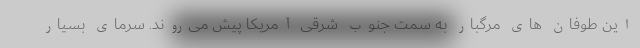
این طوفان های مرگبار به سمت جنوب شرقی آمریکا پیش می‌روند. سرمای بسیار